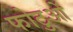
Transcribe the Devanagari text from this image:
फोटुओं